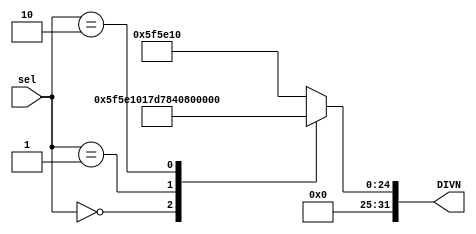
module sel_DIVN(sel,DIVN);
input[1:0]sel;
output[31:0]DIVN;
reg[31:0]DIVN;
always@(sel)
case(sel)
 2'd0:DIVN=32'd25000000;
 2'd1:DIVN=32'd12500000;
 2'd2:DIVN=32'd8333333;
 default:DIVN=32'd6250000;
 endcase
 endmodule